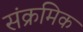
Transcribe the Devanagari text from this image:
संक्रमिक